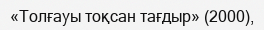
«Толғауы тоқсан тағдыр» (2000),